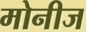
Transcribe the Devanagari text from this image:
मोनीज